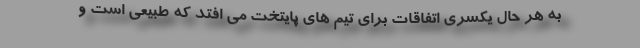
به هر حال یکسری اتفاقات برای تیم های پایتخت می افتد که طبیعی است و